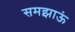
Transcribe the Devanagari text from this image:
समझाऊं